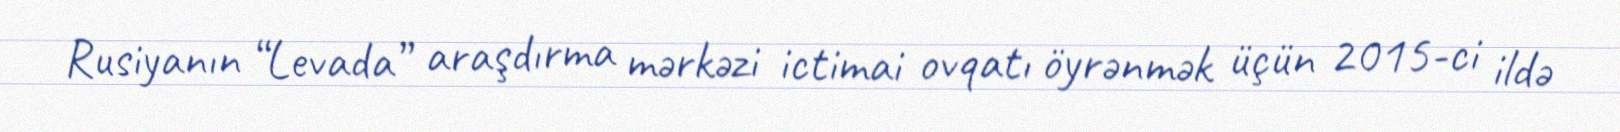
Rusiyanın “Levada” araşdırma mərkəzi ictimai ovqatı öyrənmək üçün 2015-ci ildə